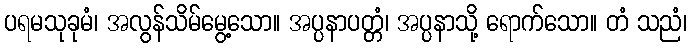
ပရမသုခုမံ၊ အလွန်သိမ်မွေ့သော။ အပ္ပနာပတ္တံ၊ အပ္ပနာသို့ ရောက်သော။ တံ သညံ၊